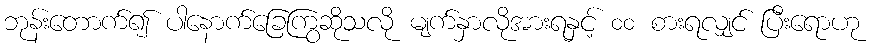
ဘုန်းတောက်၍ ပါနောက်ခြေကြွဆိုသလို မျက်နှာလိုအားရနှင့် ၀၀ စားရလျှင် ပြီးရောဟု